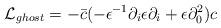
LaTeX: \begin{align*}{\cal L}_{ghost}= -\bar c (-\epsilon^{-1} \partial_i\epsilon \partial_i + \epsilon \partial_0^2 )c \end{align*}